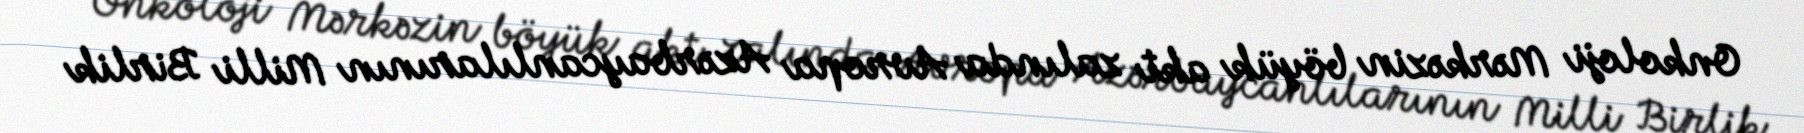
Onkoloji Mərkəzin böyük akt zalında Avropa Azərbaycanlılarının Milli Birlik